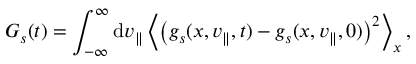
G _ { s } ( t ) = \int _ { - \infty } ^ { \infty } \mathrm { d } v _ { \parallel } \left\langle \left( g _ { s } ( x , v _ { \parallel } , t ) - g _ { s } ( x , v _ { \parallel } , 0 ) \right) ^ { 2 } \right\rangle _ { x } ,